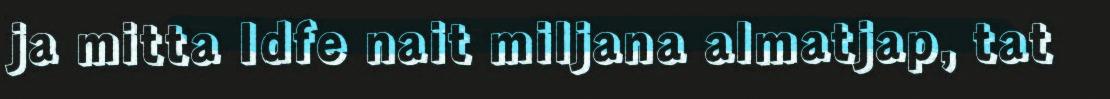
ja mitta Idfe nait miljana almatjap, tat